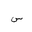
Letter: _sin